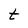
Character: t